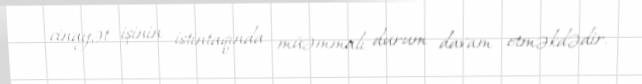
cinayət işinin istintaqında müəmmalı durum davam etməkdədir.